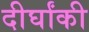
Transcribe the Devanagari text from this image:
दीर्घांकी